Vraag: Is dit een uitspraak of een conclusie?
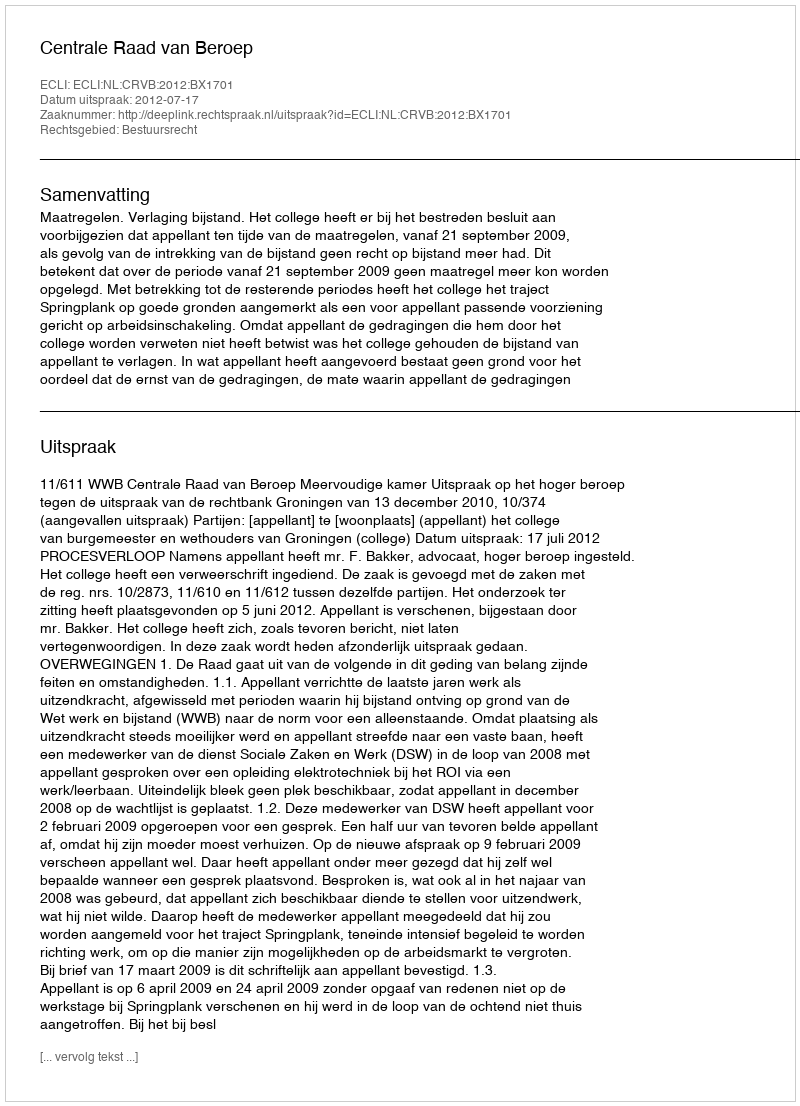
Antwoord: Uitspraak